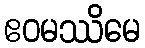
ဧဝမဿိမေ